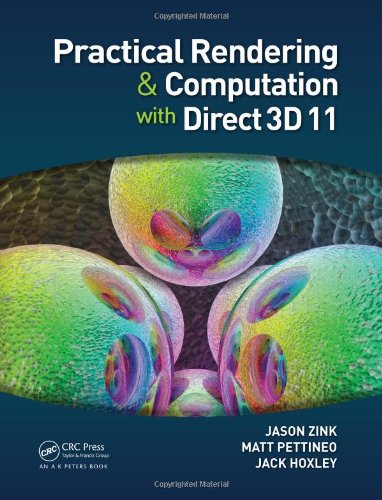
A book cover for Practical Rendering and Computation with Direct3D 11; Jason Zink; Computers & Technology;